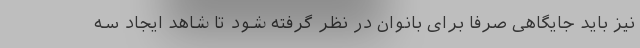
نیز باید جایگاهی صرفا برای بانوان در نظر گرفته شود تا شاهد ایجاد سه